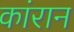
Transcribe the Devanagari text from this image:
कांरान